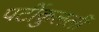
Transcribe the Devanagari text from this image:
पर्टीकुलर्ली